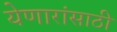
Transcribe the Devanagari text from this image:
येणारांसाठी